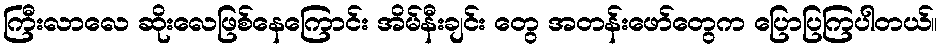
ကြီးလာလေ ဆိုးလေဖြစ်နေကြောင်း အိမ်နီးချင်း တွေ အတန်းဖော်တွေက ပြောပြကြပါတယ်။